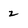
Character: 2